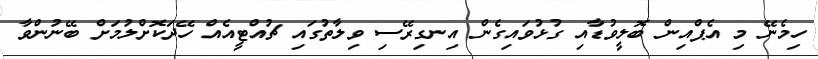
ހިމެނޭ މި އެޕްއިން ބޮލީވުޑާއި ގުޅުވައިގެން އިނގިރޭސި ވިލާތުގައި ޗުއްޓީއެއް ހޭދަކޮށްލުމަށް ބޭނުންވާ